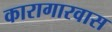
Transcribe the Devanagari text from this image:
कारागारवास